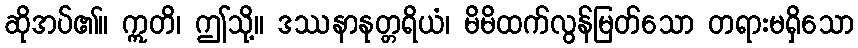
ဆိုအပ်၏။ ဣတိ၊ ဤသို့။ ဒဿနာနုတ္တရိယံ၊ မိမိထက်လွန်မြတ်သော တရားမရှိသော